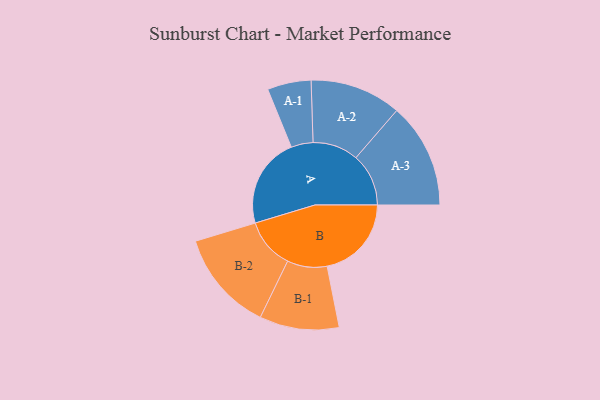
{"axis": {"x": "Segment", "y": "Value"}, "legend": ["", "A", "B"], "data": [{"x": "A", "y": 480, "type": ""}, {"x": "B", "y": 447, "type": ""}, {"x": "A-1", "y": 116, "type": "A"}, {"x": "A-2", "y": 242, "type": "A"}, {"x": "A-3", "y": 279, "type": "A"}, {"x": "B-1", "y": 211, "type": "B"}, {"x": "B-2", "y": 268, "type": "B"}]}